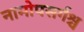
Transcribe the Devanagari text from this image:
नामोपसर्गश्च